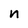
Character: n